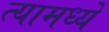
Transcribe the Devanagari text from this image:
त्यामध्यें